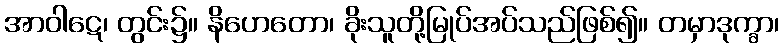
အာဝါဋေ၊ တွင်း၌။ နိဟေတော၊ ခိုးသူတို့မြုပ်အပ်သည်ဖြစ်၍။ တမှာဒုက္ခာ၊